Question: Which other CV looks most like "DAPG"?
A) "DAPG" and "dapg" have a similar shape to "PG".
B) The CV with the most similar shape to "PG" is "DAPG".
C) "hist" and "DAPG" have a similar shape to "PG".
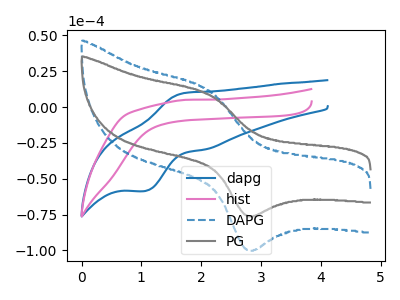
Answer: <think>The blue curve "dapg" has an anodic peak at (1.75V, 9.90uA) and a cathodic peak at (1.05V, -58.65uA). The pink curve "hist" has no peaks. The blue dashed curve "DAPG" has an anodic peak at (2.15V, 11.65uA) and a cathodic peak at (2.80V, -99.65uA). The gray curve "PG" has an anodic peak at (2.15V, 8.85uA) and a cathodic peak at (2.80V, -75.85uA).
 "dapg" and "hist" have a different number of peaks. "dapg" and "DAPG" have at least one peak that do not match. "dapg" and "PG" have at least one peak that do not match. "hist" and "DAPG" have a different number of peaks. "hist" and "PG" have a different number of peaks. All the peaks in "DAPG" have a peak in "PG" at the same potential. Every peak in "DAPG" is higher than every peak in "PG".</think>
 <answer>B) The CV with the most similar shape to "PG" is "DAPG".</answer>
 <eval>B</eval>